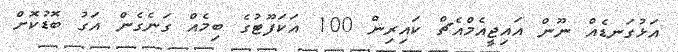
އަޅުގަނޑެއް ނޫން އައިޖީއެމްއެޗް ކައިރިން 100 އަކަފޫޓުގެ ބިމެއް ގަނެގެން އަގު ބޮޑުކޮށް